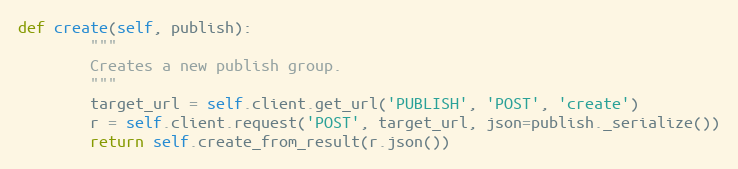
Language: Python
def create(self, publish):
        """
        Creates a new publish group.
        """
        target_url = self.client.get_url('PUBLISH', 'POST', 'create')
        r = self.client.request('POST', target_url, json=publish._serialize())
        return self.create_from_result(r.json())